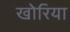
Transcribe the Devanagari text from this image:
खोरिया